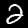
Label: 2